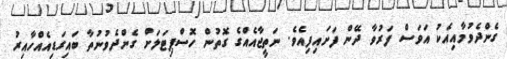
ގެންދެވުމާއިއެކު އަވަސް ފަރުވާ ދޭން ފަށައިފިއެވެ. ނަތީޖާއެއްގެ ގޮތުން ހޮސްޕިޓަލަށް ގެންދެވުނުތާ ބައިގަޑިއެއްހާއިރު